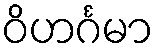
ဝိဟင်္ဂမာ